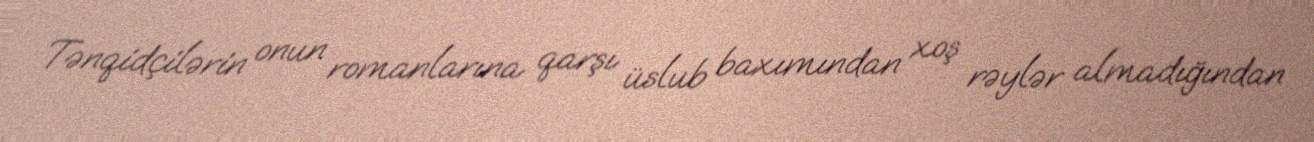
Tənqidçilərin onun romanlarına qarşı üslub baxımından xoş rəylər almadığından